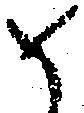
め